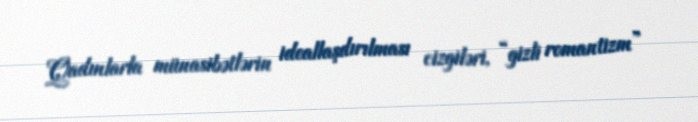
Qadınlarla münasibətlərin ideallaşdırılması cizgiləri, “gizli romantizm”